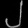
Digit: ၂